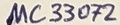
Text: µC33072